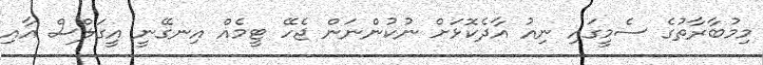
މިމުބާރާތުގެ ސެމީގައި ނިއު އާދެކޮޅަށް ނުކުންނަން ޖެހޭ ޓީމެއް އިނގޭނީ އީގަލްސް އާއި